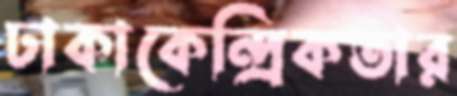
ঢাকাকেন্দ্রিকতার